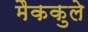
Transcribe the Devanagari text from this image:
मैककुले